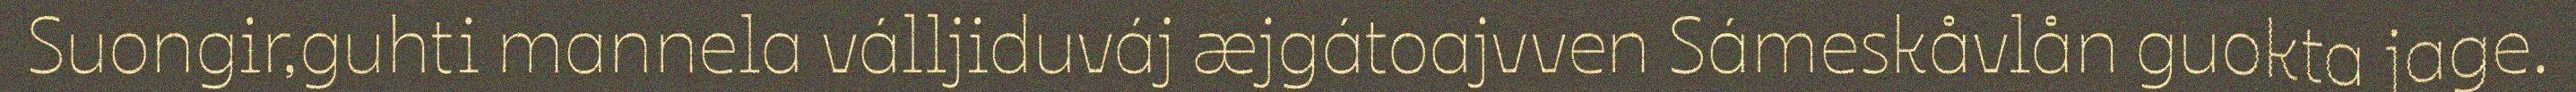
Suongir,guhti mannela válljiduváj æjgátoajvven Sámeskåvlån guokta jage.